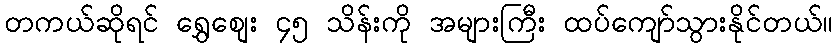
တကယ်ဆိုရင် ရွှေစျေး ၄၅ သိန်းကို အများကြီး ထပ်ကျော်သွားနိုင်တယ်။